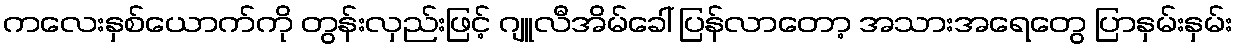
ကလေးနှစ်ယောက်ကို တွန်းလှည်းဖြင့် ဂျူလီအိမ်ခေါ် ပြန်လာတော့ အသားအရေတွေ ပြာနှမ်းနှမ်း